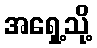
အရှေ့သို့